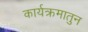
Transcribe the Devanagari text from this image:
कार्यक्रमातुन